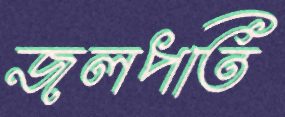
জলপতি